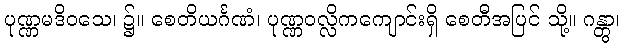
ပုဏ္ဏမဒိဝသေ၊ ၌။ စေတိယင်္ဂဏံ၊ ပုဏ္ဏဝလ္လိကကျောင်းရှိ စေတီအပြင် သို့။ ဂန္တွာ၊